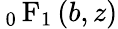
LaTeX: {\, _{0}\operatorname{F}_{1}}\left(b,z\right)